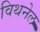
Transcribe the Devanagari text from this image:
विथनेल